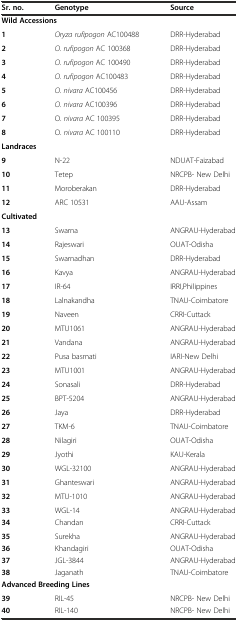
<table><thead><tr><td><b>Sr. no.</b></td><td><b>Genotype</b></td><td><b>Source</b></td></tr></thead><tbody><tr><td colspan="2"><b>Wild Accessions</b></td><td></td></tr><tr><td><b>1</b></td><td><i>Oryza rufipogon</i> AC100488</td><td>DRR-Hyderabad</td></tr><tr><td><b>2</b></td><td><i>O. rufipogon</i> AC 100368</td><td>DRR-Hyderabad</td></tr><tr><td><b>3</b></td><td><i>O. rufipogon</i> AC 100490</td><td>DRR-Hyderabad</td></tr><tr><td><b>4</b></td><td><i>O. rufipogon</i> AC100483</td><td>DRR-Hyderabad</td></tr><tr><td><b>5</b></td><td><i>O. nivara</i> AC100456</td><td>DRR-Hyderabad</td></tr><tr><td><b>6</b></td><td><i>O. nivara</i> AC100396</td><td>DRR-Hyderabad</td></tr><tr><td><b>7</b></td><td>O. <i>nivara</i> AC 100395</td><td>DRR-Hyderabad</td></tr><tr><td><b>8</b></td><td>O. <i>nivara</i> AC 100110</td><td>DRR-Hyderabad</td></tr><tr><td colspan="2"><b>Landraces</b></td><td></td></tr><tr><td><b>9</b></td><td>N-22</td><td>NDUAT-Faizabad</td></tr><tr><td><b>10</b></td><td>Tetep</td><td>NRCPB- New Delhi</td></tr><tr><td><b>11</b></td><td>Moroberakan</td><td>DRR-Hyderabad</td></tr><tr><td><b>12</b></td><td>ARC 10531</td><td>AAU-Assam</td></tr><tr><td colspan="2"><b>Cultivated</b></td><td></td></tr><tr><td><b>13</b></td><td>Swarna</td><td>ANGRAU-Hyderabad</td></tr><tr><td><b>14</b></td><td>Rajeswari</td><td>OUAT-Odisha</td></tr><tr><td><b>15</b></td><td>Swarnadhan</td><td>DRR-Hyderabad</td></tr><tr><td><b>16</b></td><td>Kavya</td><td>ANGRAU-Hyderabad</td></tr><tr><td><b>17</b></td><td>IR-64</td><td>IRRI,Philippines</td></tr><tr><td><b>18</b></td><td>Lalnakandha</td><td>TNAU-Coimbatore</td></tr><tr><td><b>19</b></td><td>Naveen</td><td>CRRI-Cuttack</td></tr><tr><td><b>20</b></td><td>MTU1061</td><td>ANGRAU-Hyderabad</td></tr><tr><td><b>21</b></td><td>Vandana</td><td>ANGRAU-Hyderabad</td></tr><tr><td><b>22</b></td><td>Pusa basmati</td><td>IARI-New Delhi</td></tr><tr><td><b>23</b></td><td>MTU1001</td><td>ANGRAU-Hyderabad</td></tr><tr><td><b>24</b></td><td>Sonasali</td><td>DRR-Hyderabad</td></tr><tr><td><b>25</b></td><td>BPT-5204</td><td>ANGRAU-Hyderabad</td></tr><tr><td><b>26</b></td><td>Jaya</td><td>DRR-Hyderabad</td></tr><tr><td><b>27</b></td><td>TKM-6</td><td>TNAU-Coimbatore</td></tr><tr><td><b>28</b></td><td>Nilagiri</td><td>OUAT-Odisha</td></tr><tr><td><b>29</b></td><td>Jyothi</td><td>KAU-Kerala</td></tr><tr><td><b>30</b></td><td>WGL-32100</td><td>ANGRAU-Hyderabad</td></tr><tr><td><b>31</b></td><td>Ghanteswari</td><td>ANGRAU-Hyderabad</td></tr><tr><td><b>32</b></td><td>MTU-1010</td><td>ANGRAU-Hyderabad</td></tr><tr><td><b>33</b></td><td>WGL-14</td><td>ANGRAU-Hyderabad</td></tr><tr><td><b>34</b></td><td>Chandan</td><td>CRRI-Cuttack</td></tr><tr><td><b>35</b></td><td>Surekha</td><td>ANGRAU-Hyderabad</td></tr><tr><td><b>36</b></td><td>Khandagiri</td><td>OUAT-Odisha</td></tr><tr><td><b>37</b></td><td>JGL-3844</td><td>ANGRAU-Hyderabad</td></tr><tr><td><b>38</b></td><td>Jaganath</td><td>TNAU-Coimbatore</td></tr><tr><td colspan="2"><b>Advanced Breeding Lines</b></td><td></td></tr><tr><td><b>39</b></td><td>RIL-45</td><td>NRCPB- New Delhi</td></tr><tr><td><b>40</b></td><td>RIL-140</td><td>NRCPB- New Delhi</td></tr></tbody></table>